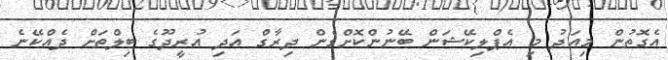
އެގޮތުން މިއަދު މި އެޕްލިކޭޝަން ބޭނުންކޮށްގެން ދިރާގް އަދި އުރީދޫގެ ބިލްތަށް ދެއްކޭނެ